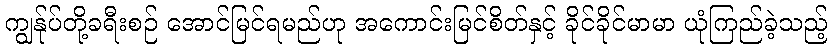
ကျွန်ုပ်တို့ခရီးစဉ် အောင်မြင်ရမည်ဟု အကောင်းမြင်စိတ်နှင့် ခိုင်ခိုင်မာမာ ယုံကြည်ခဲ့သည့်